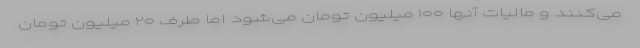
می‌کنند و مالیات آنها ۱۰۰ میلیون تومان می‌شود اما طرف ۲۰ میلیون تومان